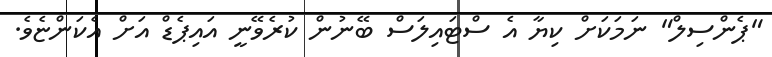
"ޕެންސިލް" ނަމަކަށް ކިޔާ އެ ސްޓައިލަސް ބޭނުން ކުރެވޭނީ އައިޕެޑް އަށް އެކަންޏެވެ.